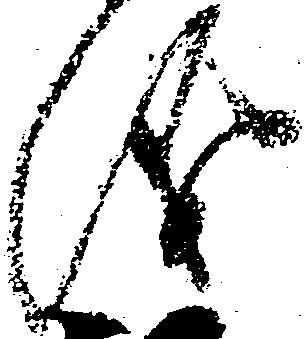
儀